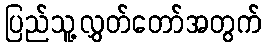
ပြည်သူ့လွှတ်တော်အတွက်